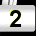
Digit: 2